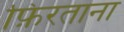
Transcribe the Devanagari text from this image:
फ़िरताना